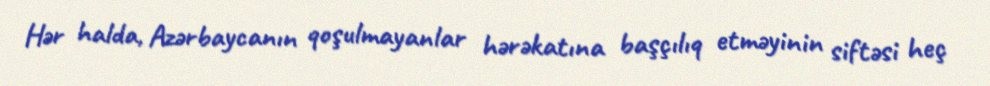
Hər halda, Azərbaycanın qoşulmayanlar hərəkatına başçılıq etməyinin siftəsi heç